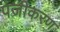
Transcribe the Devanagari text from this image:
पजीकरण